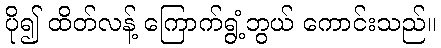
ပို၍ ထိတ်လန့် ကြောက်ရွံ့ဘွယ် ကောင်းသည်။